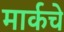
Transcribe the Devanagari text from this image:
मार्कचे